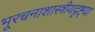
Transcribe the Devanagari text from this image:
भूरचनाशास्त्रीयदृष्ट्या